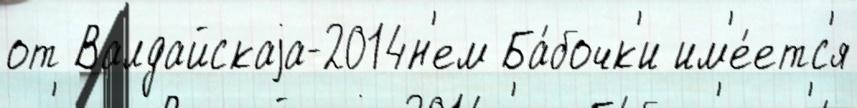
от Валдайскаjа-2014н'ем Ба́бочк'и им'е́етс'я